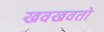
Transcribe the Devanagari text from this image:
खवखवतो